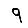
Digit: 9